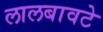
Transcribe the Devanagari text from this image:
लालबावटे